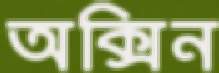
অক্সিন